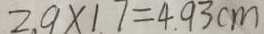
2 . 9 \times 1 . 7 = 4 . 9 3 c m